Riigikantselei, lk 47
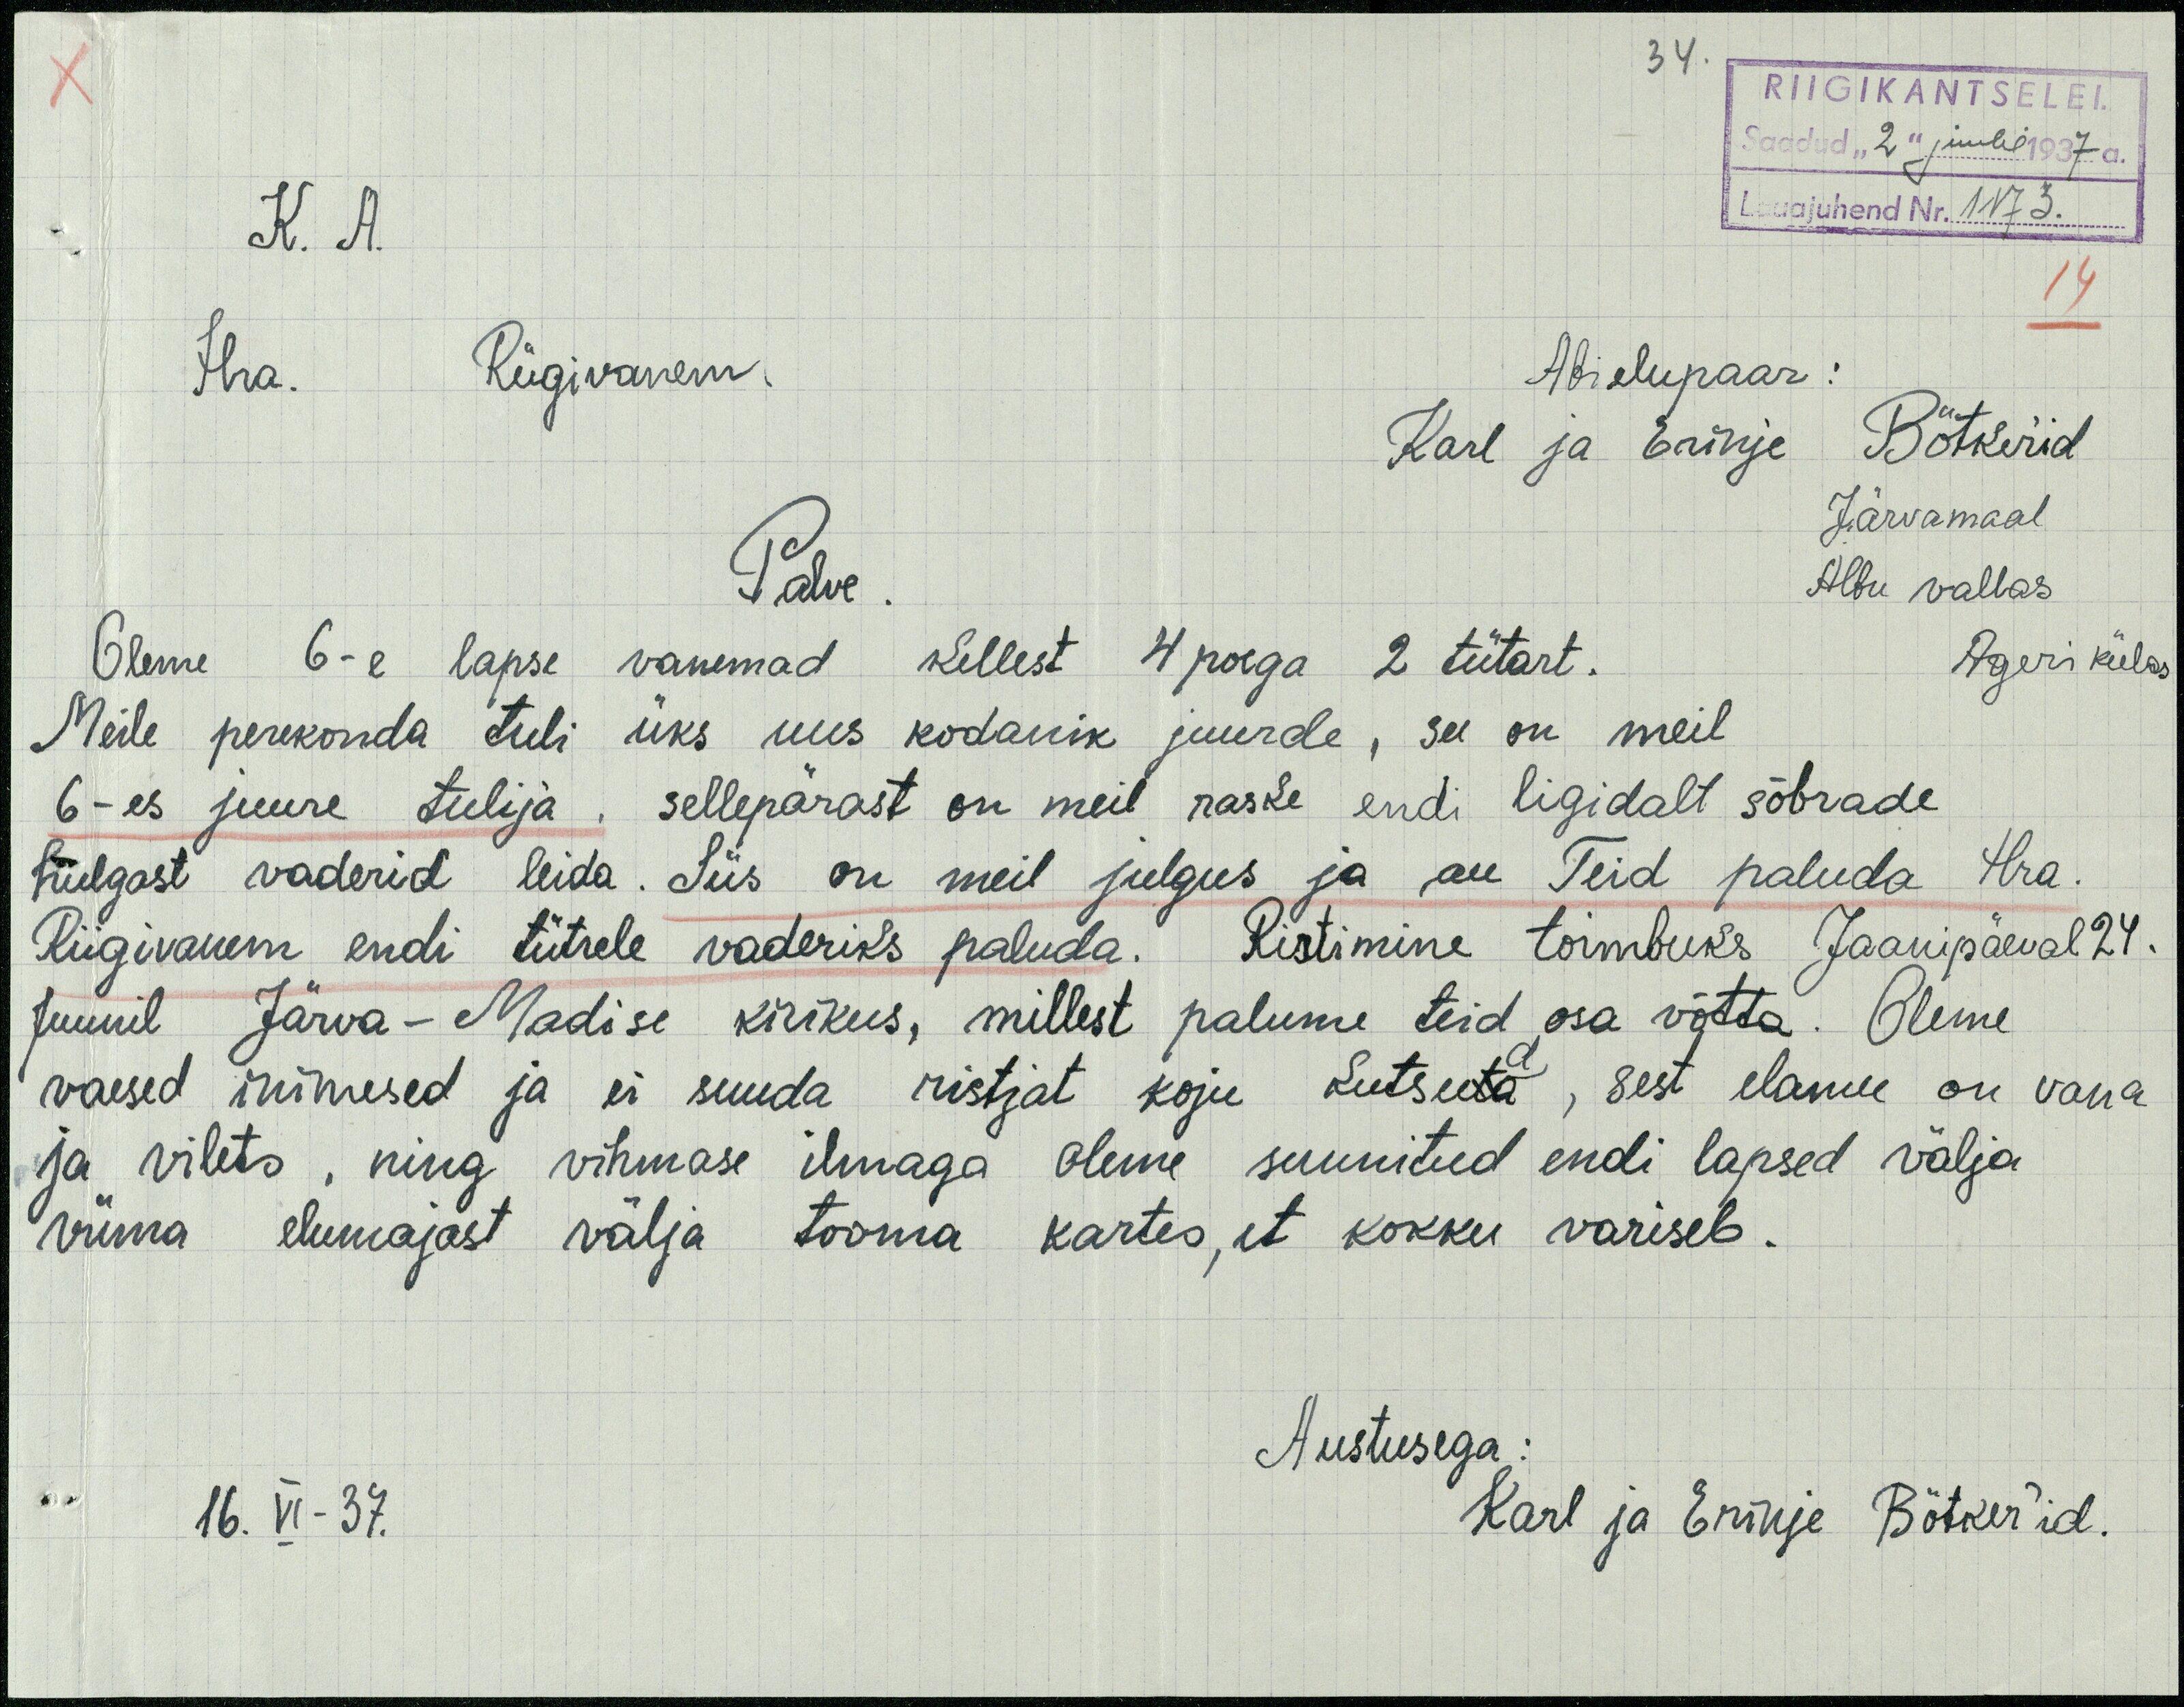
34.
RIIGIKANTSELEI
Saadud "2" juuli 1937 a.
K. A.
Lauajuhend Nr. 1173.
Hra. Riigivanem.
Abielupaar:
Karl ja Erinje Bötker'id
Järvamaal
Albu vallas
Ageri külas
Palve
Oleme 6-e lapse vanemad kellest 4 poega 2 tütart.
Meile perekonda tuli üks uus kodanik juurde, see on meil
6-es juure tulija, sellepärast on meil raske endi ligidalt sõbrade
hulgest vaderid leida. Siis on meil julgus ja au Teid paluda. Hra.
Riigivanem endi tütrele vaderiks paluda. Ristimine toimbuks Jaanipäeval 24.
Juunil Järva-Madise kirikus, millest palume teid osa võtta. Oleme
vaesed inimesed ja ei suuda ristjat koju kutsuta, sest elamu on vana
ja vilets, ning vihmase ilmaga oleme suunitud endi lapsed välja
Viima elumajäst välja tooma kartes, et kokku variseb.
Austusega:
16. VI -37.
Karl ja Emuje Bötker'id.